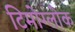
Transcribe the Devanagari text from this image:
टिमोग्लोक